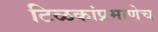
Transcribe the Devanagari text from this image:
टिळकांप्रमाणेच